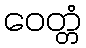
ဝေတ္တံ